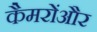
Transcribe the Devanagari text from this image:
कैमरोंऔर